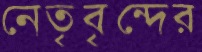
নেতৃবৃন্দের